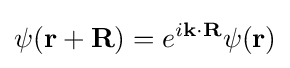
\psi (\mathbf {r+R} )=e^{i\mathbf {k} \cdot \mathbf {R} }\psi (\mathbf {r} )